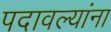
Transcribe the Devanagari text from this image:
पदावल्यांना